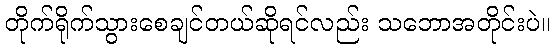
တိုက်ရိုက်သွားစေချင်တယ်ဆိုရင်လည်း သဘောအတိုင်းပဲ။